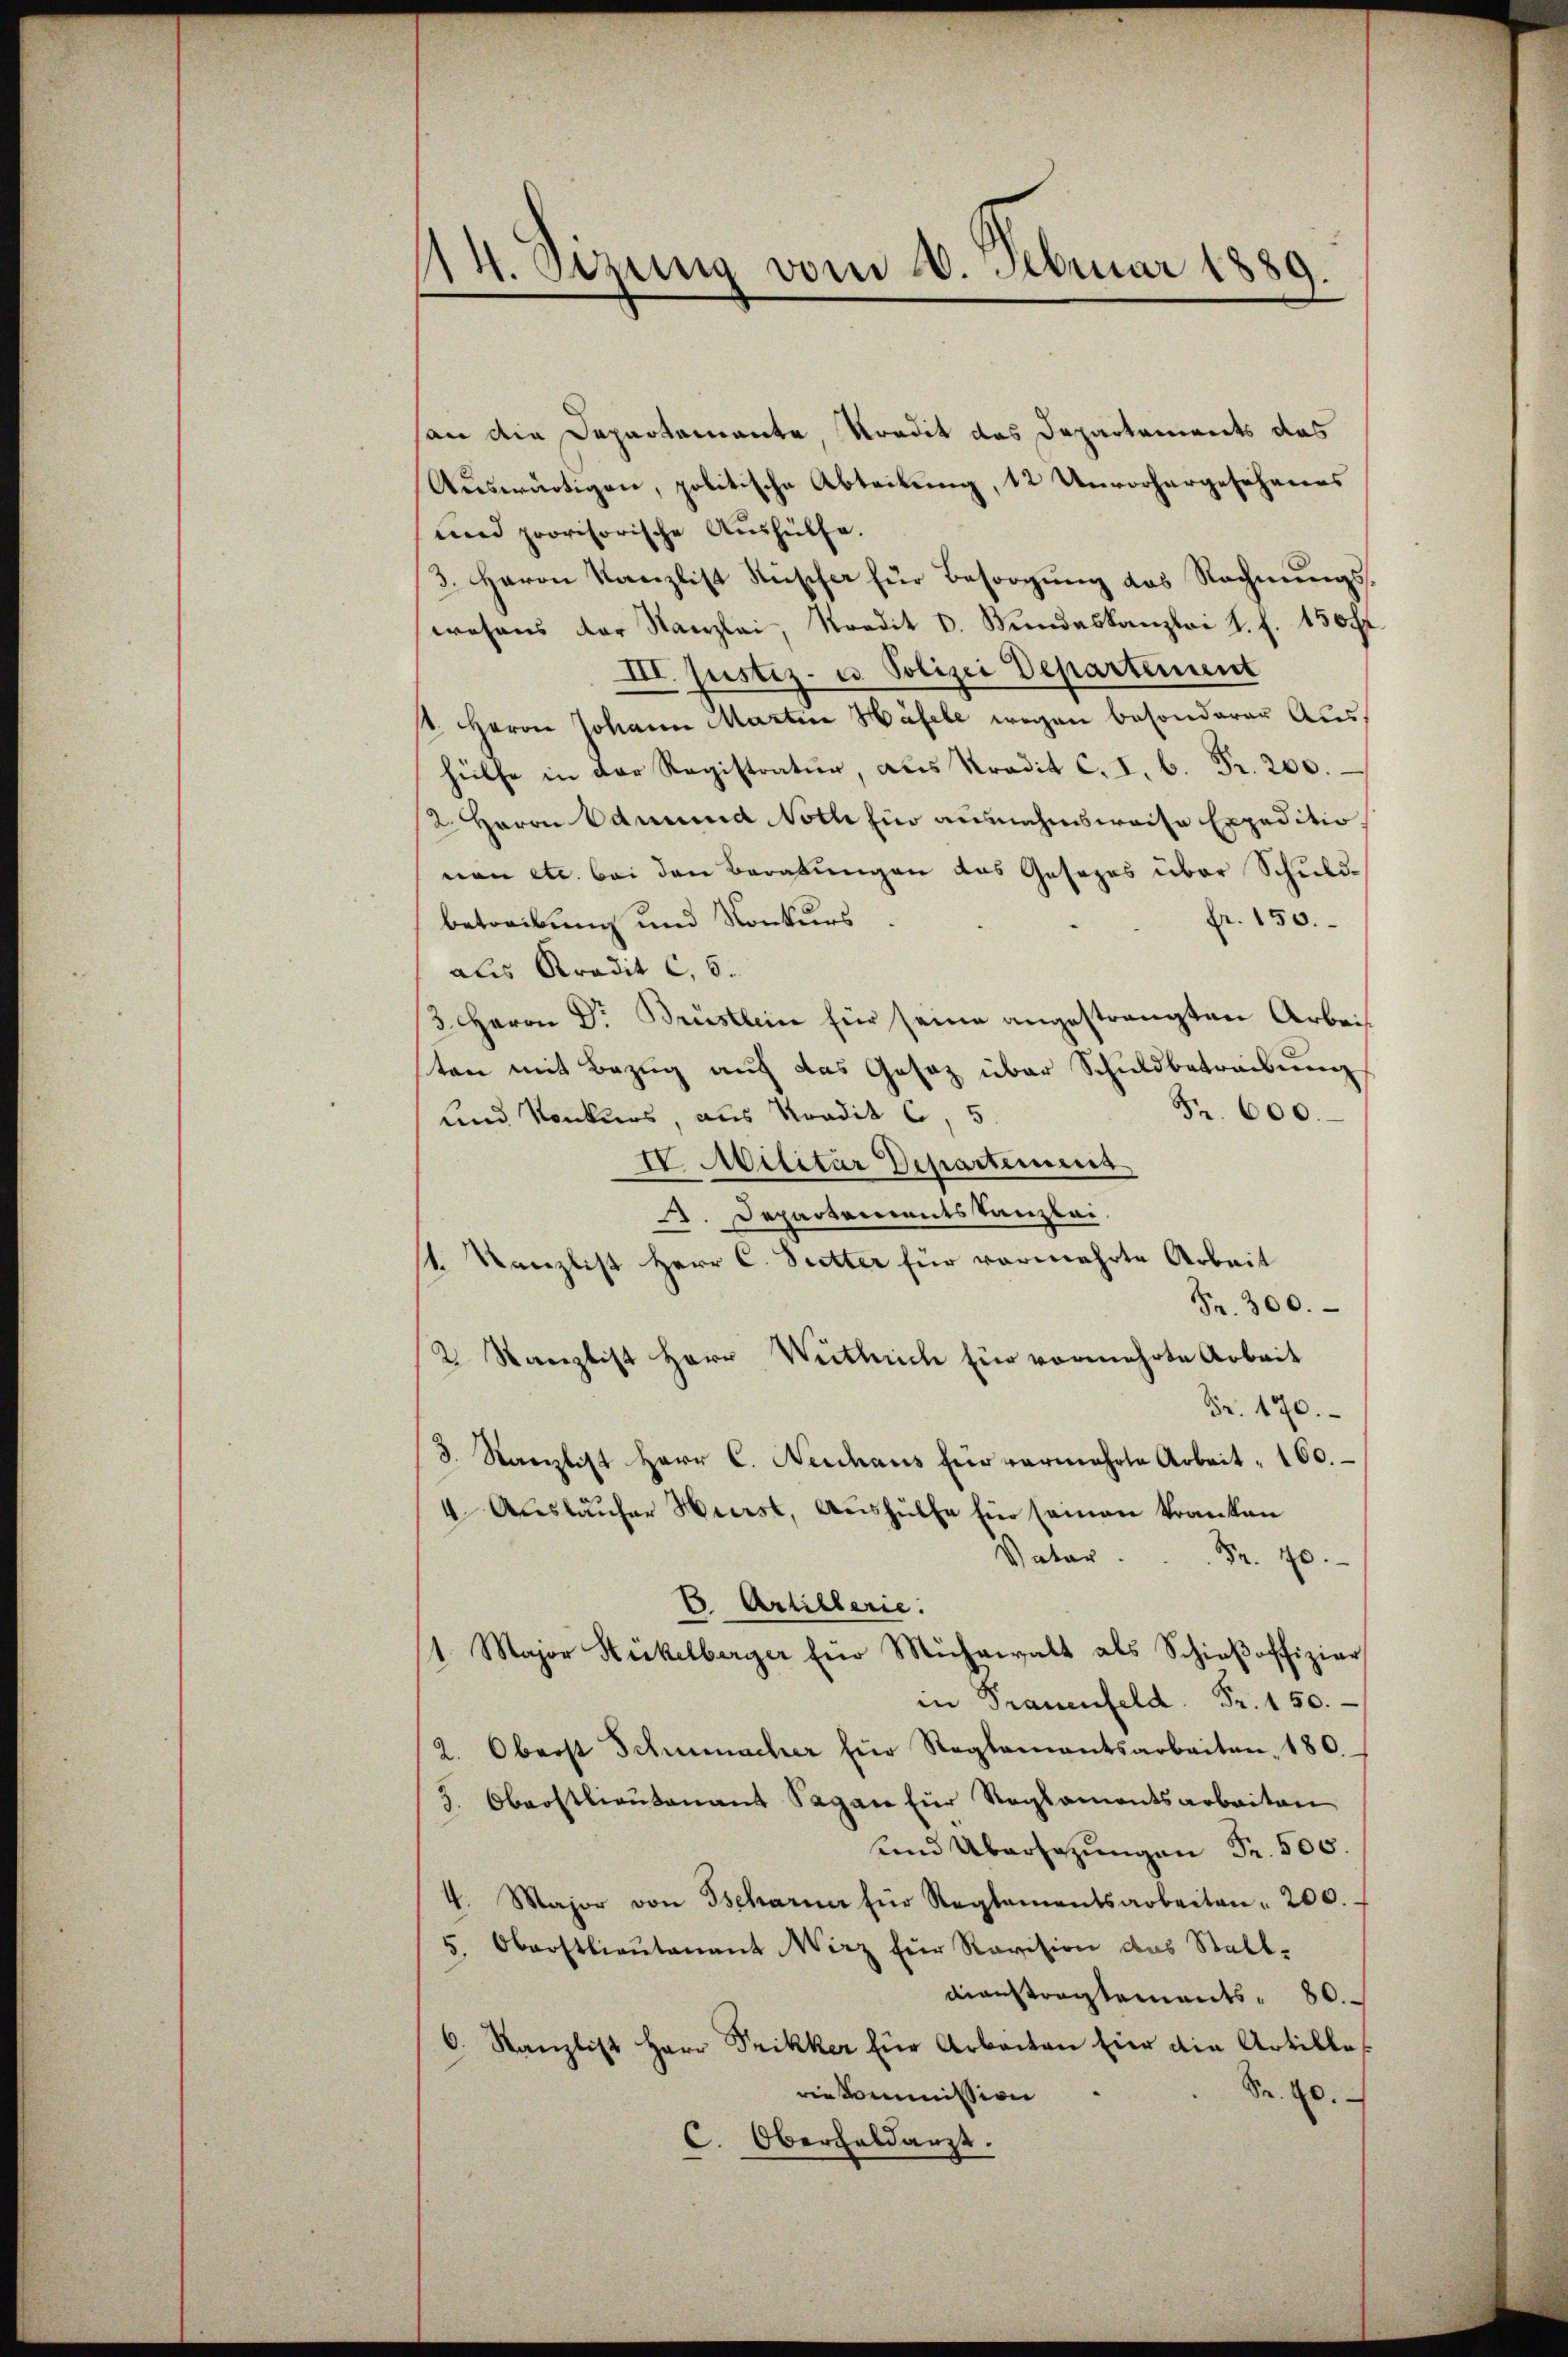
14. Sizung vom 8. Februar 1889.

an die Departemente, Kredit des Departements das
Auswärtigen, politische Abteilung, 12 Unvorhergeschenes
und provisorische Aushülfe.
3. Herrn Kanzlist Ruscher für Besorgung das Rechnungswohens der Kanzlei, Kredit d. Bundeskanzlei s. f. 130 f.
III. Justiz- u. Polizei Departement
st. Herrn Johann Martin Häfele wegen besonderer Aushülfe in der Registratur, aus Kredit c. I. b. Fr. 200.
2. Herrn Edmund Noth ein ausnahmsweise Expeditionon etc. bei den Beratungen das Gesezes über Schuldfr. 150.
betreibung und Konkurs
als Aradit C. 6.
3. Herrn Dr Brüstlein für seine angestrengten Arbeit
ten mit Bezug auf das Gesetz über Schuldbetreibung
Fr. 600.
und Konkurs, aus Kondit C, 5.
IV. Militar Departement
. Departementstanzlei
1. Kanzlist Herr C. Suetter für vermehrte Arbeit
Fr. 300.
2 Kanzlist Herr Weitlich für vermehrte Arbeit
Fr. 170.
3. Kanzlist Herr C. Neschaus für vermehrte Arbeit 160.
4 Auslaufer Herst, Aushülfe für seinen kranken
Vater.
Fr. 40.
C. Artillerie.
1. Major Hickelberger für Mühewalt als Schieβoffizier
in Trauenfeld. Fr. 150.
2. Oberst Schumacher für Reglementsarbeiten. 180.
3. Oberstlieutenant Sagan für Reglementsarbeiten
und Übersatzungen Fr. 500.
4. Major von Tscharner für Reglementsarbeiten " 200.
5. Oberstlieutenant Wirz für Revision das Stall-
dienstragtements 80.
6. Kanzlist Herr Prikker für Arbeiten für die Artilles
Fr. 20.
riekommission
C. Oberhaldarzt.